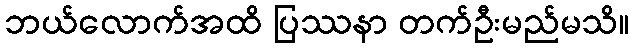
ဘယ်လောက်အထိ ပြဿနာ တက်ဦးမည်မသိ။